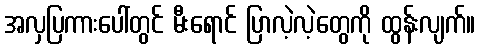
အလှပြကားပေါ်တွင် မီးရောင် ပြာလဲ့လဲ့တွေကို ထွန်းလျက်။